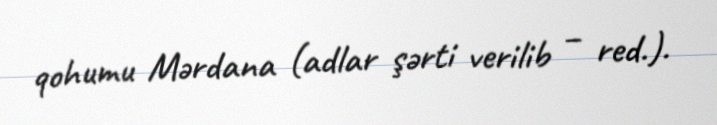
qohumu Mərdana (adlar şərti verilib – red.).